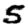
Digit: 5